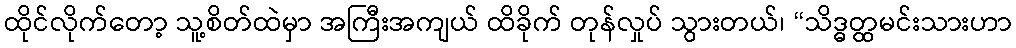
ထိုင်လိုက်တော့ သူ့စိတ်ထဲမှာ အကြီးအကျယ် ထိခိုက် တုန်လှုပ် သွားတယ်၊ “သိဒ္ဓတ္ထမင်းသားဟာ